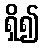
ရှိ၍